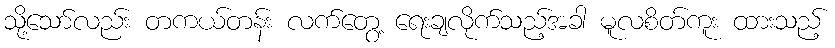
သို့သော်လည်း တကယ်တန်း လက်တွေ့ ရေးချလိုက်သည့်အခါ မူလစိတ်ကူး ထားသည့်